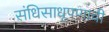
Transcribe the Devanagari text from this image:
संधिसाधूपणाची